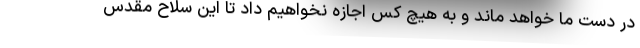
در دست ما خواهد ماند و به هیچ کس اجازه نخواهیم داد تا این سلاح مقدس